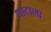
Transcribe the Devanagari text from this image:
थाटाला